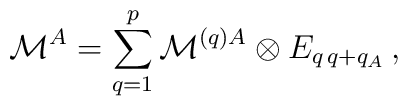
{\cal M}^A=\sum_{q=1}^p{\cal M}^{(q)A}\otimes E_{q\,q+q_A}\,,